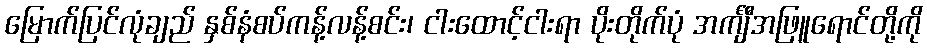
မြောက်ပြင်လုံချည် နှစ်နံစပ်ကန့်လန့်စင်း၊ ငါးထောင့်ငါးရာ ပိုးတိုက်ပုံ အင်္ကျီအဖြူရောင်တို့ကို